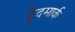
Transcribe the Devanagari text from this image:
ट्रेदमार्क